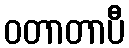
ဝတာတာပီ